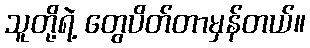
သူတို့ရဲ့ တွေပိတ်တာမှန်တယ်။